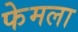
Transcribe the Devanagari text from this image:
फेमला